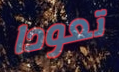
تعودا